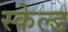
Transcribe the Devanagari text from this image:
स्केल्ड